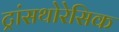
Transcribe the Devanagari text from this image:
ट्रांसथोरेसिक